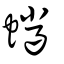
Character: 蠟